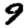
Digit: 9